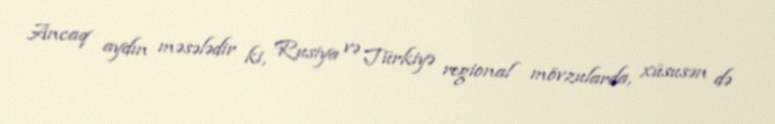
Ancaq aydın məsələdir ki, Rusiya və Türkiyə regional mövzularda, xüsusən də